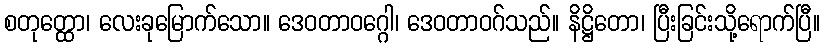
စတုတ္ထော၊ လေးခုမြောက်သော။ ဒေဝတာဝဂ္ဂေါ၊ ဒေဝတာဝဂ်သည်။ နိဋ္ဌိတော၊ ပြီးခြင်းသို့ရောက်ပြီ။